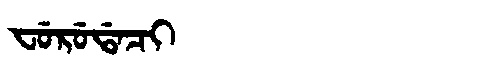
Manchu: ᠸᡠᡵᡠᡩᠠᠴᡳ
Romanization: FURUDACI